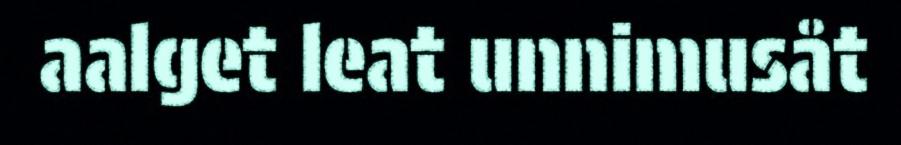
aalget leat unnimusåt